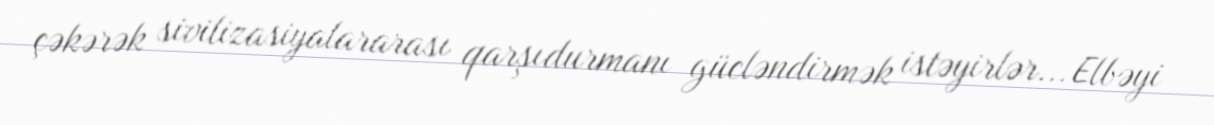
çəkərək sivilizasiyalararası qarşıdurmanı gücləndirmək istəyirlər... Elbəyi